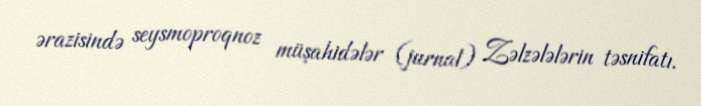
ərazisində seysmoproqnoz müşahidələr (jurnal) Zəlzələlərin təsnifatı.